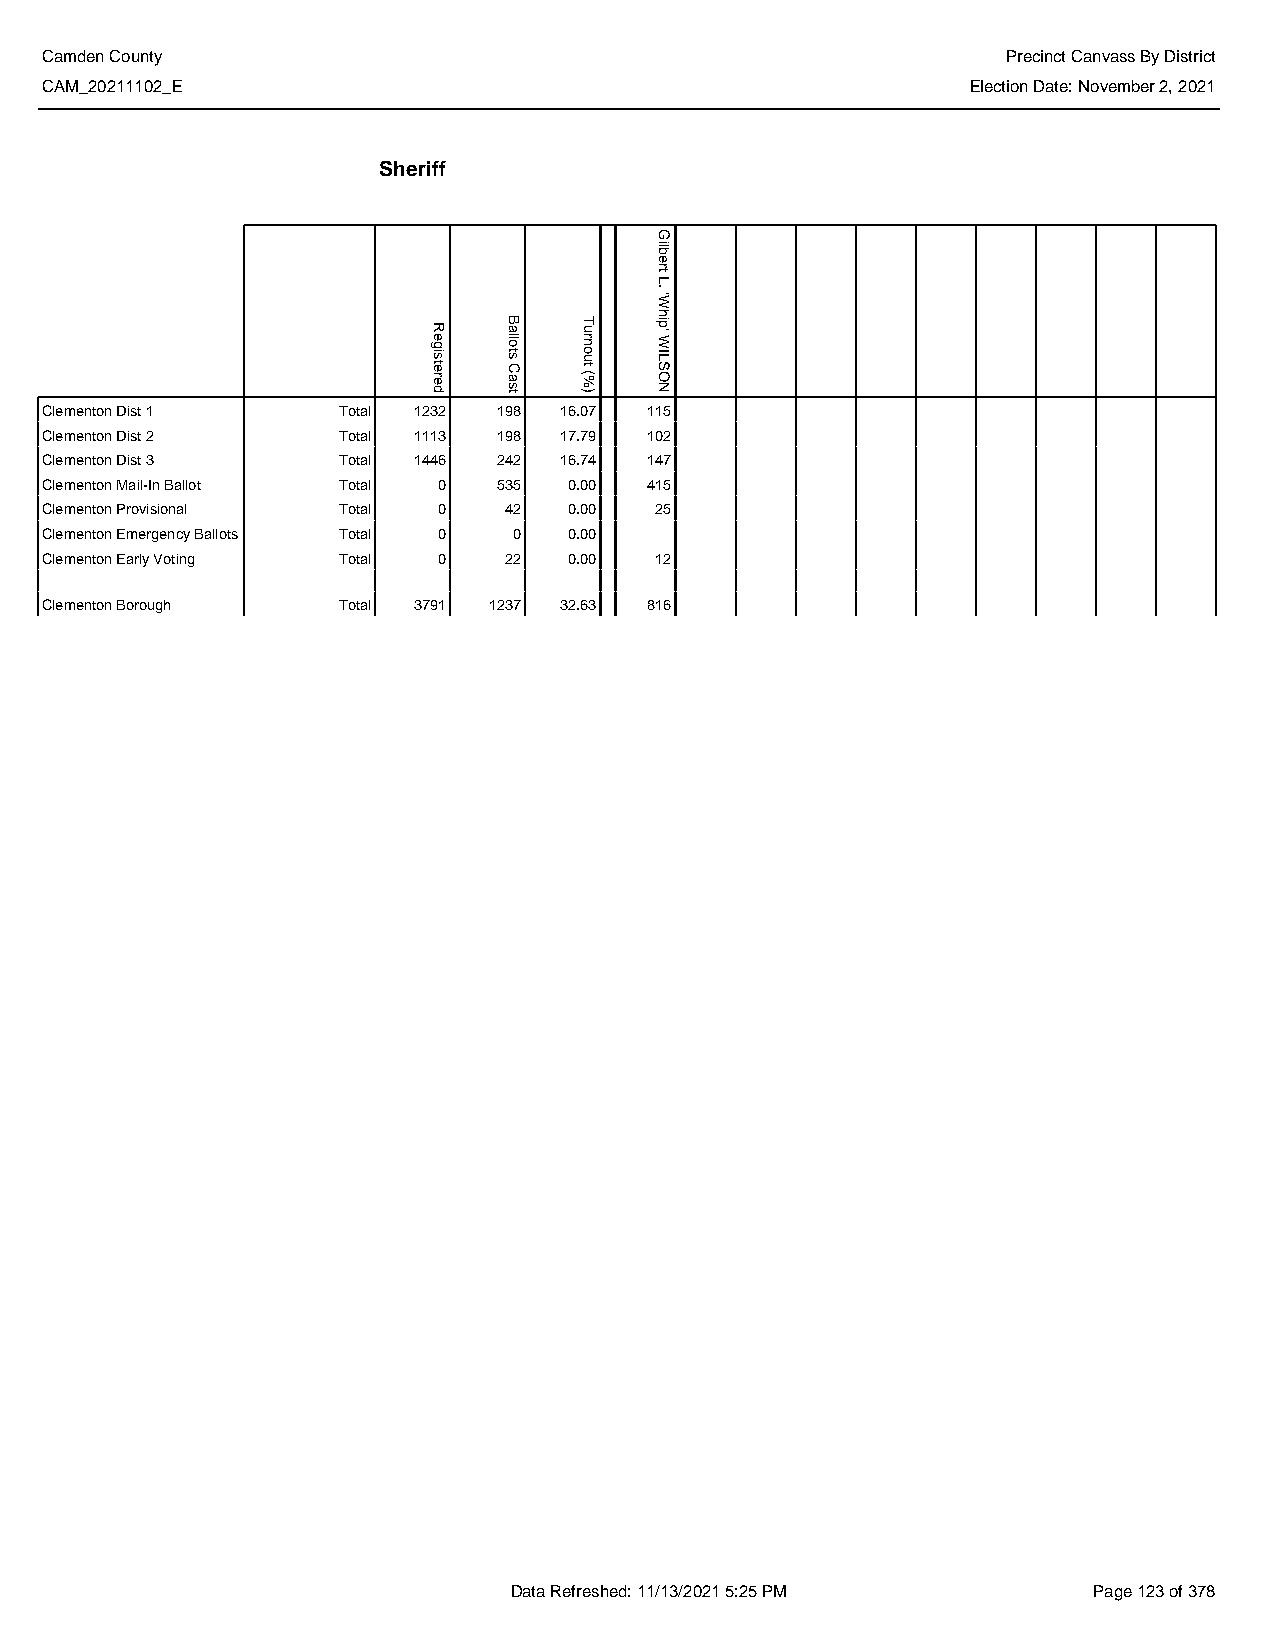
Camden County                                                   Precinct Canvass By District
 CAM_20211102_E                                               Election Date: November 2, 2021
 Sheriff
 Clementon Dist 1   Total 1232 198 16.07 115
 Clementon Dist 2   Total 1113 198 17.79 102
 Clementon Dist 3   Total 1446 242 16.74 147
 Clementon Mail-In Ballot Total 0 535 0.00 415
 Clementon Provisional Total 0 42   0.00 25
 Clementon Emergency Ballots Total 0 0 0.00
 Clementon Early Voting Total 0 22  0.00 12
 Clementon Borough  Total 3791 1237 32.63 816
 Data Refreshed: 11/13/2021 5:25 PM    Page 123 of 378
 Registered
 Ballots
 Cast
 Turnout
 (%)
 Gilbert
 L.
 'Whip'
 WILSON